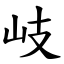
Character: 岐